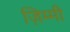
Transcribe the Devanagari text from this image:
ज़िम्मी